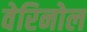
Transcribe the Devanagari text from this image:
वेरिनोल